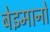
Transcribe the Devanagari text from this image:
बेइमानों